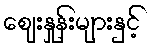
ဈေးနှုန်းများနှင့်